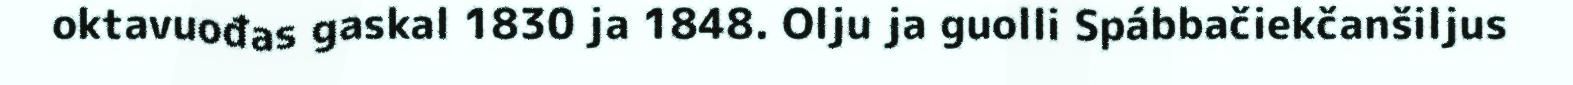
oktavuođas gaskal 1830 ja 1848. Olju ja guolli Spábbačiekčanšiljus